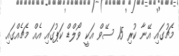
މެޗުގައި އޭނާ ކުރި 15 ސޭވް އަކީ ވޯލްޑް ކަޕުގައި އެއް މެޗެއްގައި